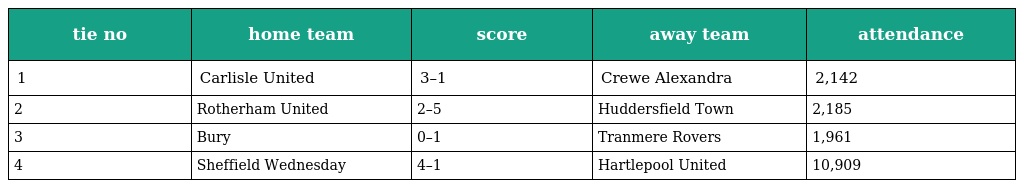
| tie no | home team | score | away team | attendance |
 | --- | --- | --- | --- | --- |
 | 1 | Carlisle United | 3–1 | Crewe Alexandra | 2,142 |
 | 2 | Rotherham United | 2–5 | Huddersfield Town | 2,185 |
 | 3 | Bury | 0–1 | Tranmere Rovers | 1,961 |
 | 4 | Sheffield Wednesday | 4–1 | Hartlepool United | 10,909 |